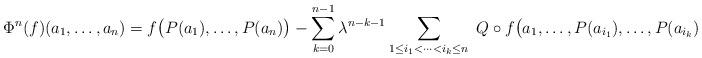
LaTeX: \begin{align*}\Phi^n (f) (a_1, \ldots, a_n ) = f \big( P(a_1), \ldots, P(a_n) \big) - \sum_{k=0}^{n-1} \lambda^{n-k-1} \sum_{1 \leq i_1 < \cdots < i_k \leq n} ~ Q \circ f \big( a_1, \ldots, P (a_{i_1}), \ldots, P(a_{i_k}), \ldots, a_n \big).\end{align*}